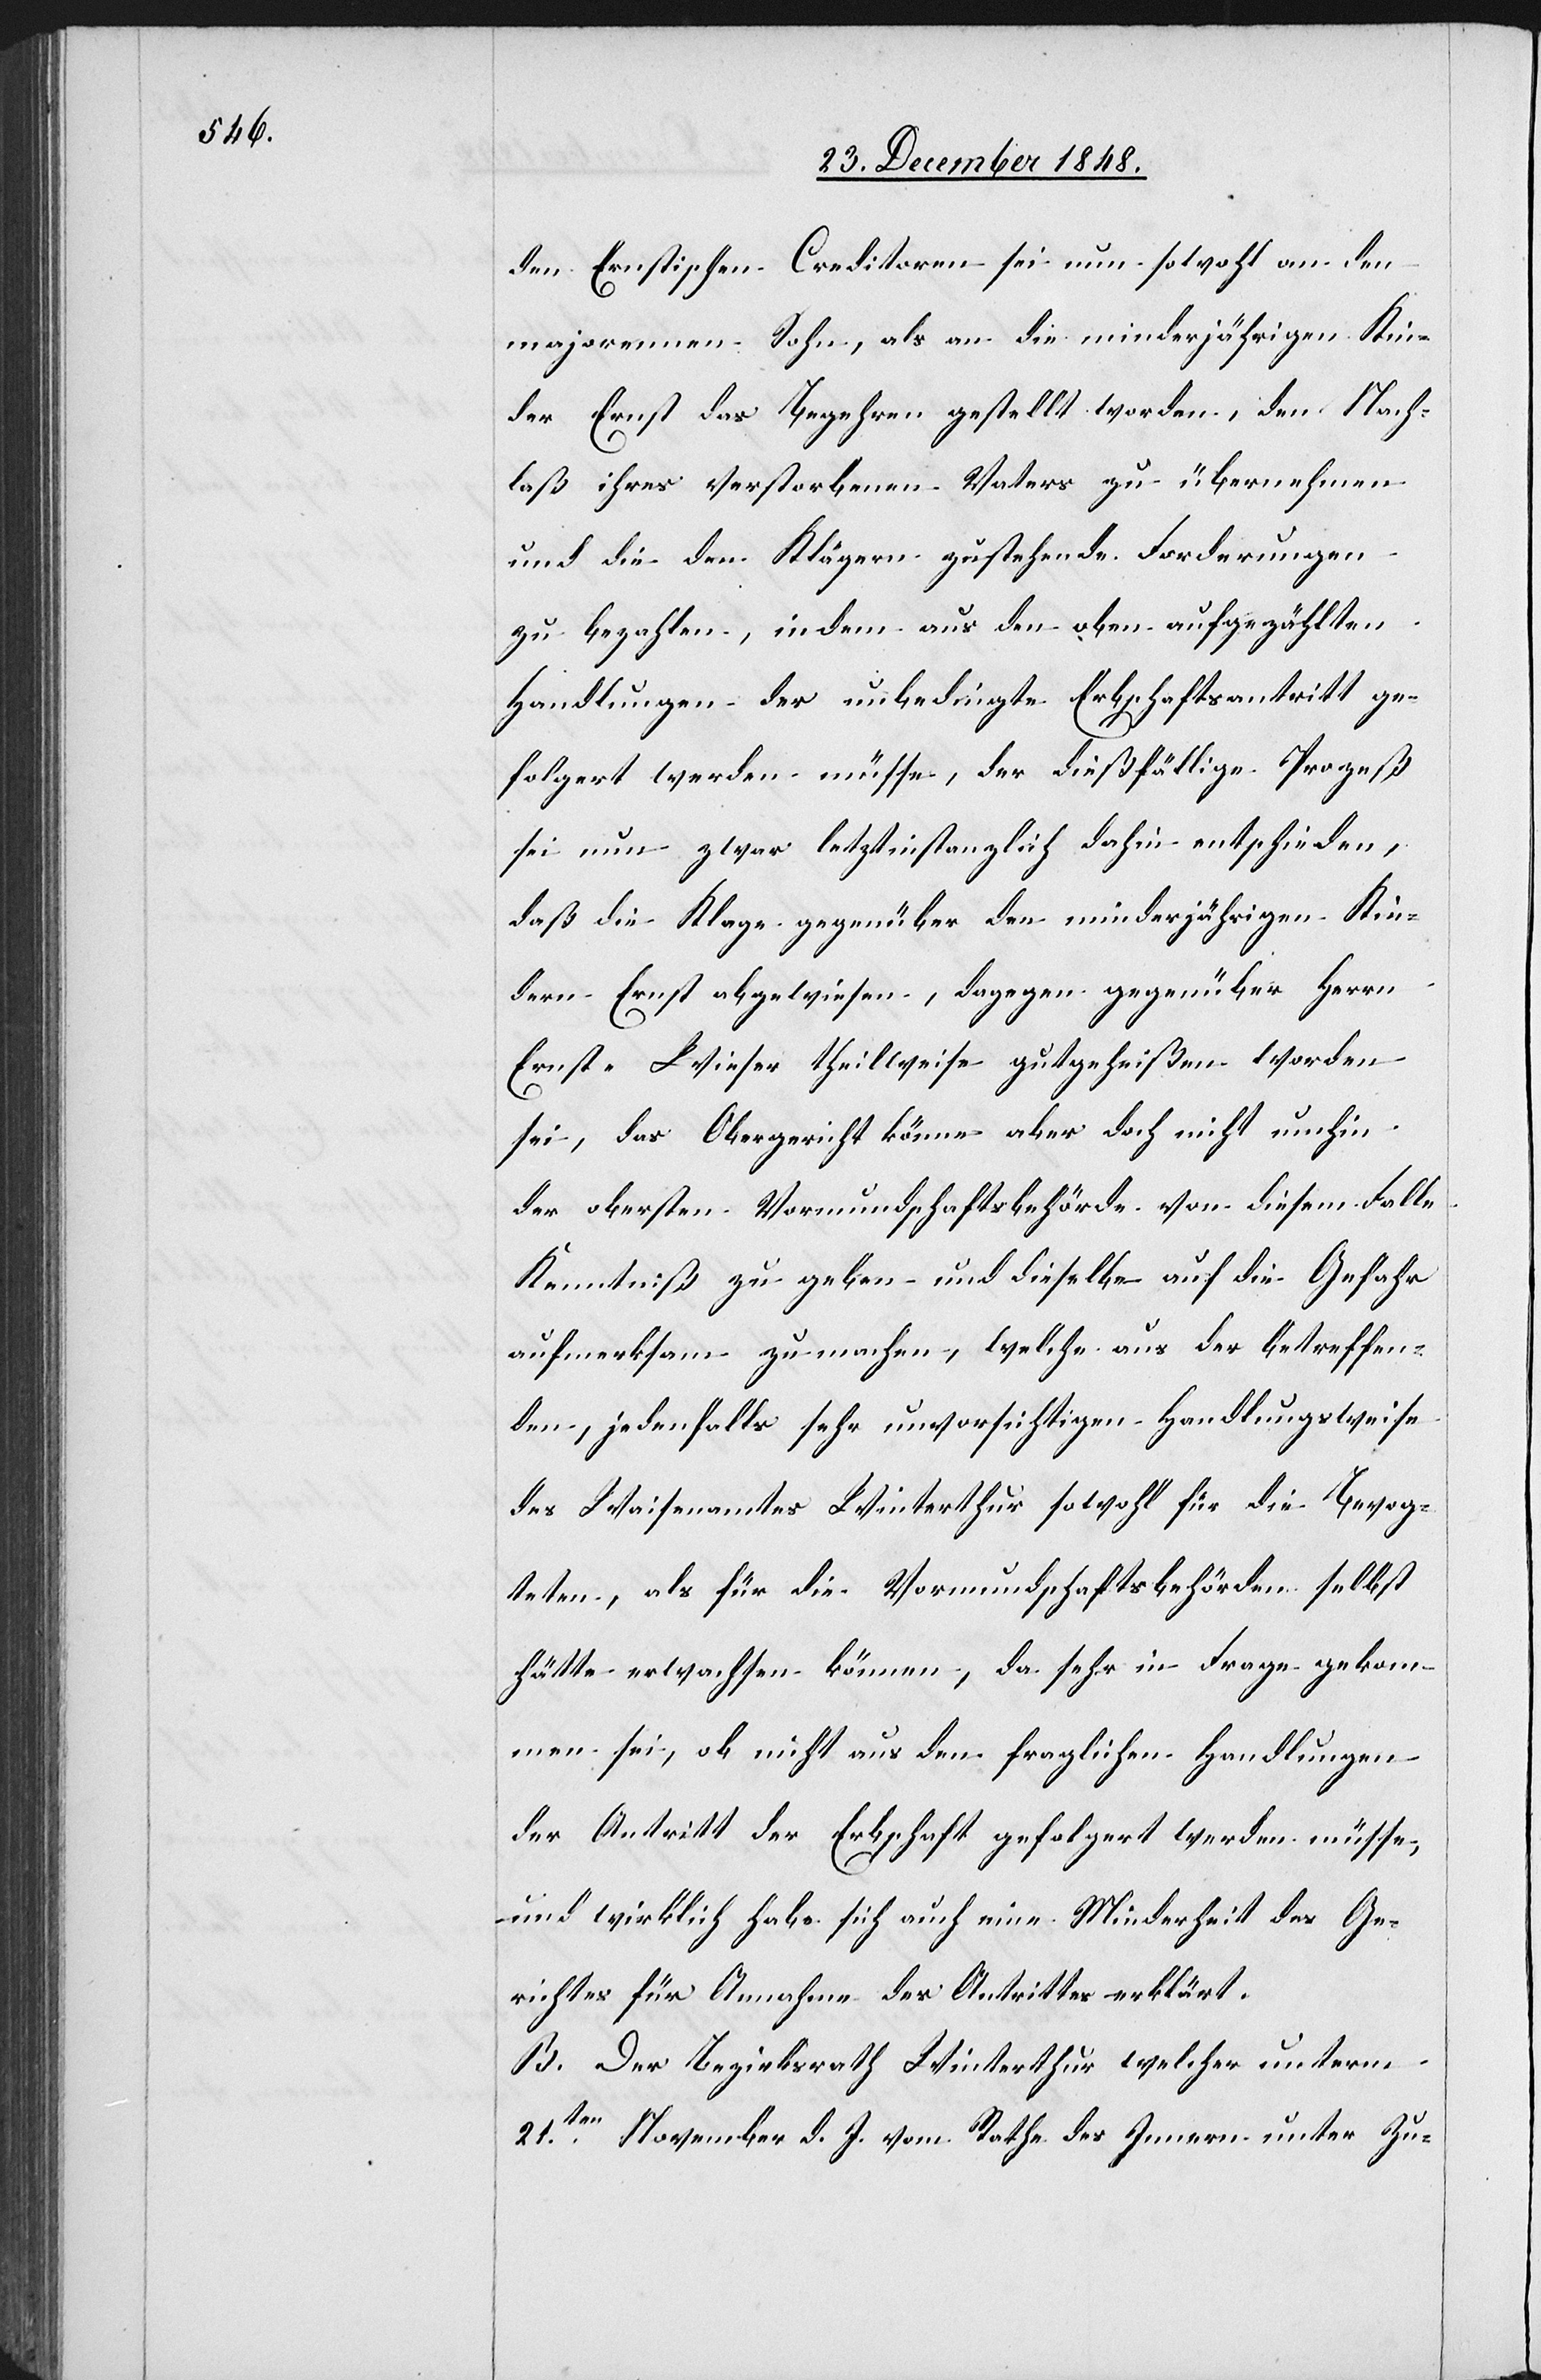
den Ernstischen Creditoren sei nun sowohl an den
majorennen Sohn, als an die minderjährigen Kin¬
der Ernst das Begehren gestellt worden, den Nach¬
laß ihres verstorbenen Vaters zu übernehmen
und die den Klägern zustehende Forderungen
zu bezahlen, indem aus den oben aufgezählten
Handlungen der unbedingte Erbschaftsantritt ge¬
folgert werden müsse, der dießfällige Prozeß
sei nun zwar letztinstanzlich dahin entschieden,
daß die Klage gegenüber den minderjährigen Kin¬
dern Ernst abgewiesen, dagegen gegenüber Herrn
Ernst-Wieser theilweise gutgeheißen worden
sei, das Obergericht könne aber doch nicht umhin
der obersten Vormundschaftsbehörde von diesem Falle
Kenntniß zu geben und dieselbe auf die Gefahr
aufmerksam zu machen, welche aus der betreffen¬
den, jedenfalls sehr unvorsichtigen Handlungsweise
des Waisenamtes Winterthur sowohl für die Bevog¬
teten, als für die Vormundschaftsbehörden selbst
hätte erwachsen können, da sehr in Frage gekom¬
men sei, ob nicht aus den fraglichen Handlungen
der Antritt der Erbschaft gefolgert werden müsse,
und wirklich habe sich auch eine Minderheit des Ge¬
richtes für Annahme des Antrittes erklärt.
B. Der Bezirksrath Winterthur welcher unterm
21ten November d. J. vom Rathe des Innern unter Zu-